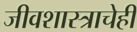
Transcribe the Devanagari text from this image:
जीवशास्त्राचेही